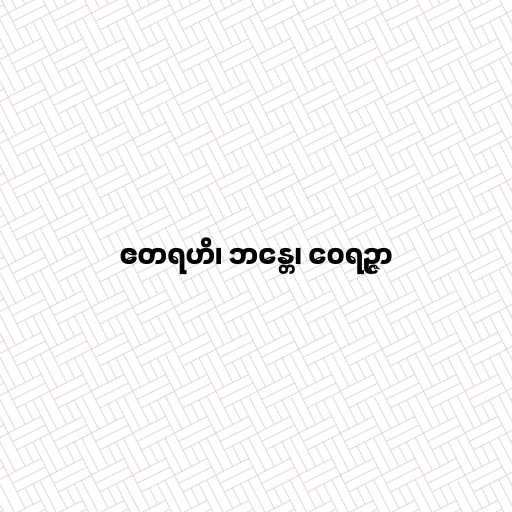
ဧတရဟိ၊ ဘန္တေ၊ ဝေရဉ္ဇာ